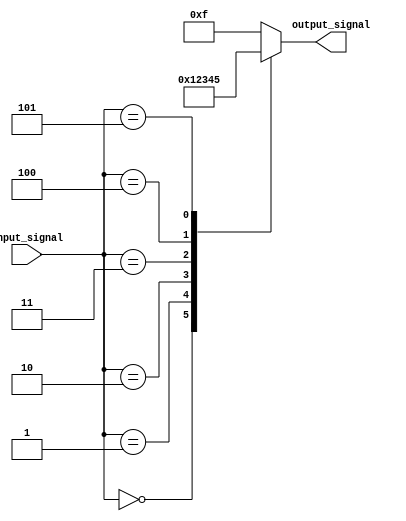
module parallel_case_statement (
   input wire [2:0] input_signal,
   output reg [3:0] output_signal
);

always @*
begin
   case (input_signal)
      3'b000: output_signal = 4'b0000;
      3'b001: output_signal = 4'b0001;
      3'b010: output_signal = 4'b0010;
      3'b011: output_signal = 4'b0011;
      3'b100: output_signal = 4'b0100;
      3'b101: output_signal = 4'b0101;
      default: output_signal = 4'b1111;
   endcase
end

endmodule